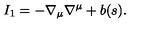
I _ { 1 } = - \nabla _ { \mu } \nabla ^ { \mu } + b ( s ) .